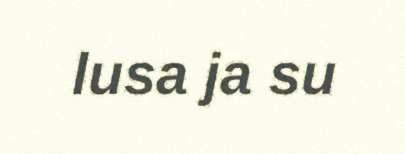
lusa ja su